Vital statistics of India. Vol. IV, Annual returns from 1871 to 1876. British Army of India, Native Army and jails of Bengal
Year: 1871
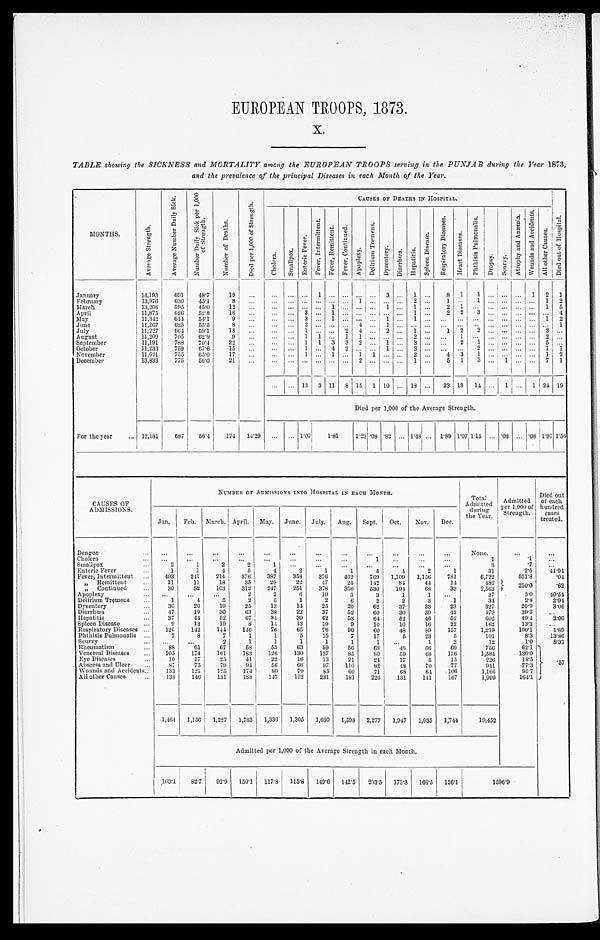
EUROPEAN TROOPS, 1873.
X.
TABLE showing the SICKNESS and MORTALITY among the EUROPEAN TROOPS serving in the PUNJAB during the Year 1873,
and the prevalence of the principal Diseases in each Month of the Year.
MONTHS.
A v e r a g e S t r e n g t h .
A v e r a g e N u m b e r D a i l y S i c k . N u m b e r D a i l y S i c k p e r 1 , 0 0 0 o f S t r e n g t h .
N u m b e r o f D e a t h s .
D i e d p e r 1 , 0 0 0 o f S t r e n g t h .
CAUSES OF DEATHS IN HOSPITAL.
D i e d o u t o f H o s p i t a l .
C h o l e r a .
S m a l l p o x .
E n t e r i c F e v e r .
F e v e r , I n t e r m i t t e n t . F e v e r , R e m i t t e n t . F e v e r , C o n t i n u e d .
A p o p l e x y .
D e l i r i u m T r e m e n s .
D y s e n t e r y .
D i a r r h œ a . He p a t i t i s . S p l e e n D i s e a s e .
R e s p i r a t o r y D i s e a s e s .
H e a r t D i s e a s e s .
P h t h i s i s P u l m o n a l i s .
D r o p s y . S c u r v y .
A t r o p h y a n d A n æ m i a .
W o u n d s a n d A c c i d e n t s .
A l l o t h e r C a u s e s .
January
14,193
691 48.7
19
. . .
. . .
. . . . . .
1
. . . . . . . . . . . .
3 . . .
1
. . . 8
1
1
. . . . . . . . .
1
2 1
February
13,976 630 45.1
8
. . . . . .
. . . . . . . . . . . . . . . 1 . . . . . . . . .
2
. . . 1
. . .
1 . . . . . . . . .
. . . 1 2
March
13,208 595 45.0
12
. . . . . . . . . . . . . . . 1 . . . . . . . . . 1 . . .
1
. . . 2
1
. . .
. . . . . . . . . . . . 1 5
April
11,875
626 52.8
16
. . . . . .
. . . 3
. . . 1 . . . . . . . . . . . . . . .
1
. . . 2
2
3 . . . . . . . . .
. . . . . .
4
May
11,342
614 54.1
9
. . . . . .
. . . 3 . . . 1
. . . . . . . . . 1 . . . 1
. . . . . . . . . . . . . . . . . . . . .
. . . 1 2
June
11,267
625 55.5
8 . . .
. . .
. . . 2 . . . . . . . . . 4 . . . 1 . . .
. . . . . . . . . . . .
. . . . . . . . . . . .
. . . . . .
1
July
11,227
664 59.1
1 8 . . .
. . .
. . . 1 . . . . . . 2 4 . . . 2 . . .
1
. . . 1 2 2 . . . . . . . . .
. . . 3 . . .
August
11,209
705 62.9
9
. . . . . .
. . . 1 1 . . . 1 1 . . . . . . . . .
2
. . .
. . . 1
. . .
. . . . . . . . .
. . . 2 . . .
September
11,191
788 70.4
2 2 . . .
. . . . . . 1 1 3 3 2 . . . 1 . . . 3 . . .
. . . 2 1 . . . . . . . . . . . . 5 . . .
October
11,233
759 67.6
15 . . . . . .
. . . 1 . . . 4 2 . . . . . . 1 . . .
3
. . . . . . . . .
2 . . . . . . . . .
. . . 1 1
November
11,621 755 65.0
17
. . . . . .
. . . 1
. . . 1
. . . 1 1
. . . . . . 2
. . . 4 3 1 . . . . . . . . . . . . 1 2
December
13,833
775 56.0
21
. . .
. . . . . . . . . . . . . . . . . . 2 . . . . . . . . .
1
. . . 5 1 3 . . . 1 . . . . . . 7 1
. . . . . . 13 3 11 8 15 1 10 . . . 18 . . . 23 13 14 . . . 1 . . . 1 24 19
Died per 1,000 of the Average Strength.
For the year . . . 12,181
687 56.4 174 14.29 . . . . . . 1.07
1.81
1 . 2 3
. 0 8
.82 . . . 1.48 . . . 1.89 1 . 0 7 1 . 1 5 . . . .08 . . . .08 1.97 1.56
CAUSES OF
ADMISSIONS.
NUMBER OF ADMISSIONS INTO HOSPITAL IN EACH MONTH.
Total
Admitted
during
the Year.
Admitted
per 1,000 of
Strength.
Died out
of each
hundred
cases
treated.
Jan. Feb. March. April. May. June.
J u l y . Aug. Sept. Oct. Nov. Dec.
Dengue . . .
. . .
. . .
. . .
. . .
. . .
. . .
. . .
. . . . . .
. . . . . .
. . .
None.
. . .
. . .
Cholera . . .
. . .
. . .
. . .
. . .
. . .
. . .
. . .
. . . 1
. . . . . .
. . .
1
. 1
. . .
Smallpox . . .
2
1
2
2
1
. . .
. . . . . .
. . .
. . .
. . .
. . .
8
. 7
. . .
Enteric Fever . . .
1
1
4
5
4
2
1
1
5
4
2
1
31
2.5 41.94
Fever, Intermittent . . .
493
241
214
376
387 358 376
462
769 1,109 1,156
781
6,722
551.8
.04
" Remittent . . .
11
11
18
35
29
22
47
25
142
84
44
14
482 250.0
.62
" Continued . . .
39
52
103
312
247
251
378 356
530
194
68
33
2,563
Apoplexy . . . . . .
. . .
. . .
2
2
6
19
3
3
1
1
. . .
37
3.0 40.54
Delirium Tremens . . .
1
4
5
2
5
1
2
6
2
2
3
1
34
2.8
2. 94
Dysentery . . .
30
26
19
25
13
14
25
20
62
37
33
23
327
26.9
3.06
Diarrhœa . . .
47
19
30
63
3 8
22
37
52
60
30
39
42
479
39.3
. . .
Hepatitis . . .
37
44
52
67
34
39
62
53
64
52
46
52
602
49.4
2. 99
Spleen Disease . . .
9
13
19
8
14
13
19
9
10
10
16
22
162
13.3
. . .
Respiratory Diseases . . . 126
142
144
146
76
65
76
90
60
48
89
157
1,219
100.1
1. 89
Phthisis Pulmonalis . . .
7
8
7
1
1
5
15
7
17
5
23
5
101
8.3 13.86
Scurvy . . .
. . .
. . .
2
1
1
1
1
1
1
. . .
1
3
12
1.0
8. 33
Rheumatism . . .
8 8
61
67
56
53
63
59
56
68
48 66
69
756
62.1
. 5 7
Venereal Diseases . . .
205
174
161
183
126
130
137
85
8 0
59
68
176
1,584
130.0
E y e D i s e a s e s . . .
1 0 17
25
41
22
16
13
21
24
17
5
15
226
1 8 . 5
Abscess and Ulcer . . .
87
75
79
94
56
66
97
110
82
48
70
77
941
77.3
Wounds and Accidents . . . 133
121
125
174
80
79
85
60
71
68
64 106
1,166
95.7
All other Causes . . .
138
146
151
188
1 4 7 152
231
181
226
131
141
167
1,999
164.1
1,464 1,156 1,227 1,783 1,336 1,305 1,680 1,598 2,277 1,947 1,935 1,744
19,452
Admitted per 1,000 of the Average Strength in each Month.
103.1 82.7 9 2 . 9
150.1 117.8 115.8 149.6 142.5 203.5 173.3 166.5 126.1
1 5 9 6 . 9